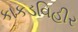
કાકડવિહીર